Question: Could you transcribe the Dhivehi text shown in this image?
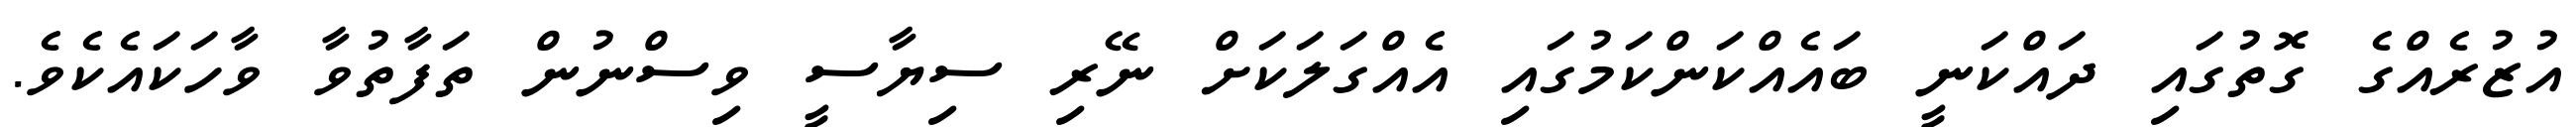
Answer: އުޒުރެއްގެ ގޮތުގައި ދައްކަނީ ބައެއްކަންކަމުގައި އެއްގަލަކަށް ނޭރި ސިޔާސީ ވިސްނުން ތަފާތުވާ ވާހަކައެކެވެ.